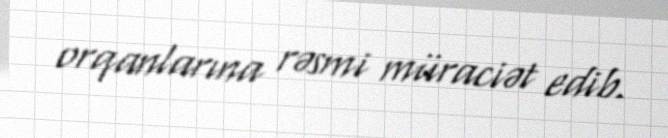
orqanlarına rəsmi müraciət edib.